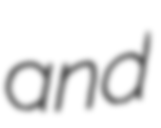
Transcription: and